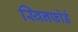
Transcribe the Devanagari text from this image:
स्विनफोर्ड